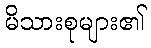
မိသားစုများ၏